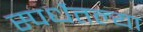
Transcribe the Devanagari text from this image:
स्पर्धेतल्या